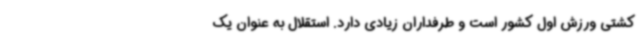
کشتی ورزش اول کشور است و طرفداران زیادی دارد. استقلال به عنوان یک